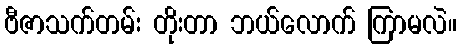
ဗီဇာသက်တမ်း တိုးတာ ဘယ်လောက် ကြာမလဲ။